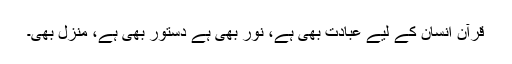
قرآن انسان کے لیے عبادت بھی ہے، نور بھی ہے دستور بھی ہے، منزل بھی۔